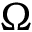
\Omega